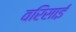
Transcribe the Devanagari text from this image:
वरिसाई